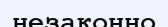
незаконно